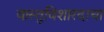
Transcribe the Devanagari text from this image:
वास्तुविशारदाचा